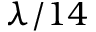
\lambda / 1 4